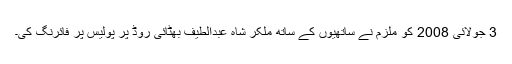
3 جولائی 2008 کو ملزم نے ساتھیوں کے ساتھ مِلکر شاہ عبدالطیف بھٹائی روڈ پر پولیس پر فائرنگ کی۔